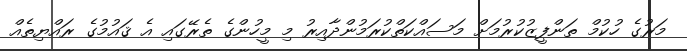
މަރުގެ ހުކުމް ތަންފީޒުކުރުމަށް މަސައްކަތްކުރަމުންދާއިރު މި މީހުންގެ ތެރޭގައި އެ ޤައުމުގެ ރައްޔިތެއް